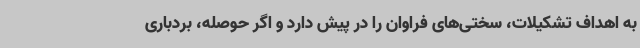
به اهداف تشکیلات، سختی‌های فراوان را در پیش دارد و اگر حوصله، بردباری